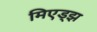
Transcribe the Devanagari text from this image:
मिएड्झ